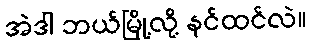
အဲဒါ ဘယ်မြို့လို့ နင်ထင်လဲ။